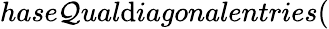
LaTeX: hase\mathcal{Q}ual\mathrm{d}iagonalentries(